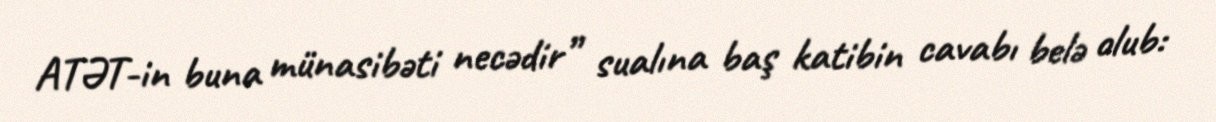
ATƏT-in buna münasibəti necədir” sualına baş katibin cavabı belə olub: